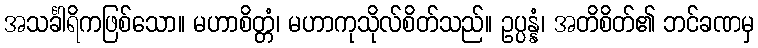
အသင်္ခါရိကဖြစ်သော။ မဟာစိတ္တံ၊ မဟာကုသိုလ်စိတ်သည်။ ဥပ္ပန္နံ၊ အတိစိတ်၏ ဘင်ခဏမှ